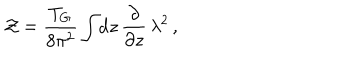
LaTeX: { \cal Z } = \frac { T _ { G } } { 8 \pi ^ { 2 } } \int \! \mathrm { d } z \, \frac { \partial } { \partial z } \, \lambda ^ { 2 } \, ,